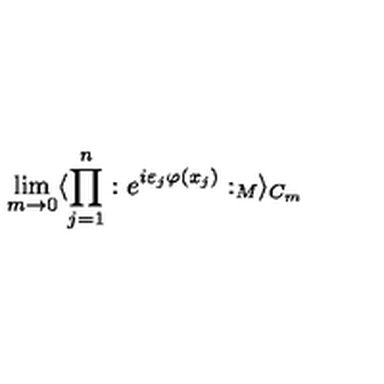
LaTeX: \lim _ { m \rightarrow 0 } \langle \prod _ { j = 1 } ^ { n } : e ^ { i \varepsilon _ { j } \varphi ( x _ { j } ) } : _ { M } \rangle _ { C _ { m } }